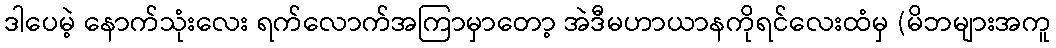
ဒါပေမဲ့ နောက်သုံးလေး ရက်လောက်အကြာမှာတော့ အဲဒီမဟာယာနကိုရင်လေးထံမှ (မိဘများအကူ